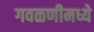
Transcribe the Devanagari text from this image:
गवळणीमध्ये